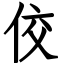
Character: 佼